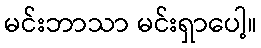
မင်းဘာသာ မင်းရှာပေါ့။